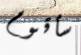
سأقوم